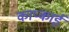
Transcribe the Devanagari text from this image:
काप्काई